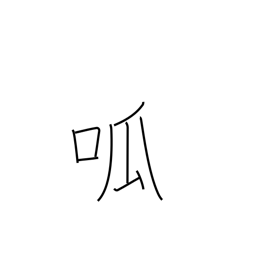
Meaning: cry